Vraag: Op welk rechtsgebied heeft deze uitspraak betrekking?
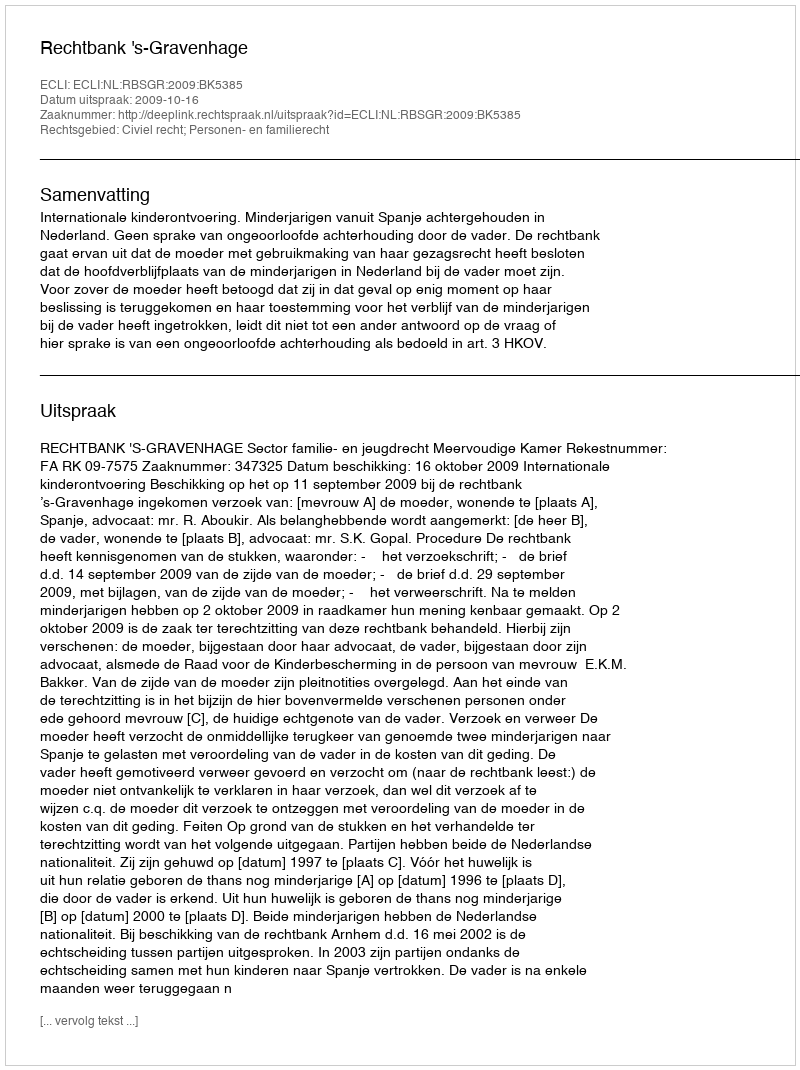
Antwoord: Civiel recht; Personen- en familierecht